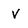
Character: v